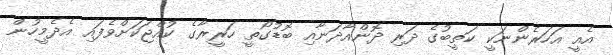
އެއީ އަހަރެންނަކީ ކަތީބުގެ ދަރި ދޮންއާދަނާއި ބޮޑުގޯތީ ހަރީރާގެ ކުއްޖަކަށްވެފައި އެދެމީހުން